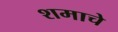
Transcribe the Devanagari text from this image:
शमाचे